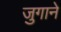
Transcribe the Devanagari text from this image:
जुगाने